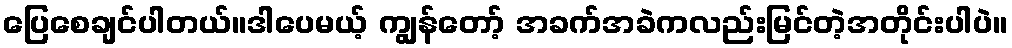
ပြေစေချင်ပါတယ်။ဒါပေမယ့် ကျွန်တော့် အခက်အခဲကလည်းမြင်တဲ့အတိုင်းပါပဲ။